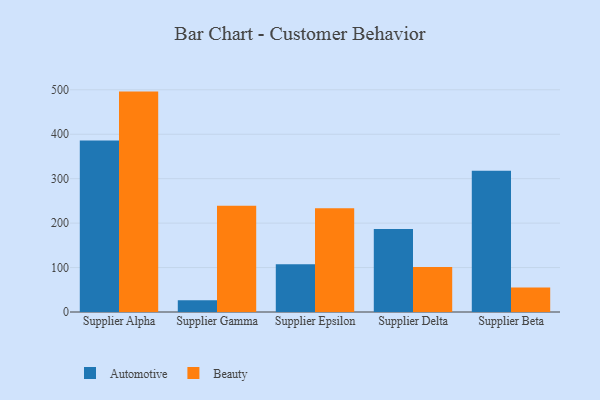
{"axis": {"x": "Supplier", "y": "Gross Profit (USD K)"}, "legend": ["Automotive", "Beauty"], "data": [{"x": "Supplier Alpha", "y": 385.9, "type": "Automotive"}, {"x": "Supplier Alpha", "y": 495.9, "type": "Beauty"}, {"x": "Supplier Gamma", "y": 26.7, "type": "Automotive"}, {"x": "Supplier Gamma", "y": 238.9, "type": "Beauty"}, {"x": "Supplier Epsilon", "y": 107.2, "type": "Automotive"}, {"x": "Supplier Epsilon", "y": 233.3, "type": "Beauty"}, {"x": "Supplier Delta", "y": 187.0, "type": "Automotive"}, {"x": "Supplier Delta", "y": 101.2, "type": "Beauty"}, {"x": "Supplier Beta", "y": 317.6, "type": "Automotive"}, {"x": "Supplier Beta", "y": 55.1, "type": "Beauty"}]}